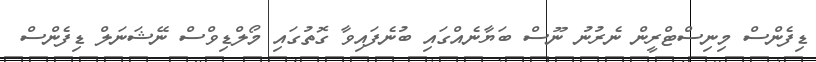
ޑިފެންސް މިނިސްޓްރީން ނެރުނު ނޫސް ބަޔާނެއްގައި ބުނެފައިވާ ގޮތުގައި މޯލްޑިވްސް ނޭޝަނަލް ޑިފެންސް